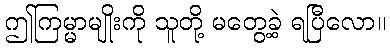
ဤကြမ္မာမျိုးကို သူတို့ မတွေ့ခဲ့ ရပြီလော။